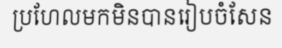
ប្រហែលមកមិនបានរៀបចំសែន